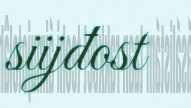
siijđost